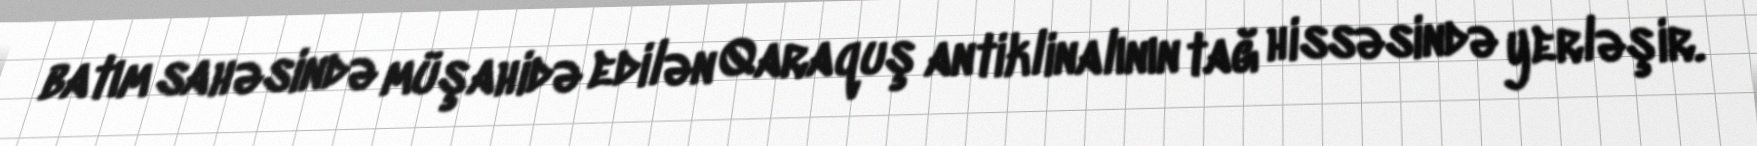
batım sahəsində müşahidə edilən Qaraquş antiklinalının tağ hissəsində yerləşir.